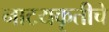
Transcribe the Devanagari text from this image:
नाटयकृतीचे